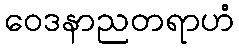
ဝေဒနာညတရာဟံ